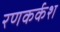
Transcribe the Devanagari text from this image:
रणकर्कश